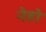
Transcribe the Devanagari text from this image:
नेहो